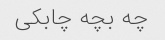
چه بچه چابکی